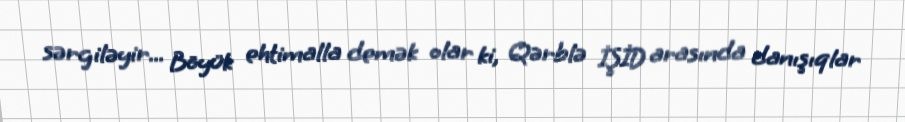
sərgiləyir... Böyük ehtimalla demək olar ki, Qərblə İŞİD arasında danışıqlar